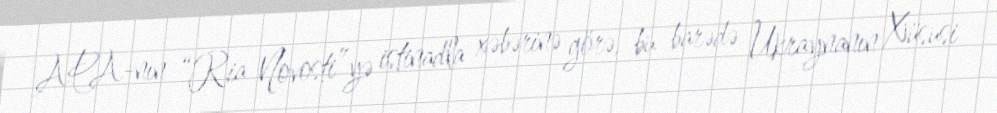
APA-nın “Ria Novosti”yə istinadla xəbərinə görə, bu barədə Ukraynanın Xüsusi